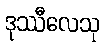
ဒုဿီလေသု